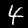
Digit: 4